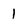
Character: 1